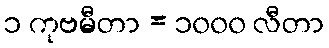
၁ ကုဗမီတာ = ၁၀၀၀ လီတာ